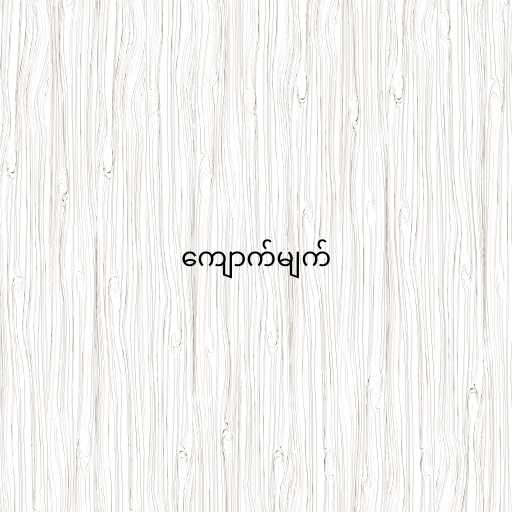
ကျောက်မျက်